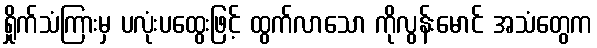
ရှိုက်သံကြားမှ ပလုံးပထွေးဖြင့် ထွက်လာသော ကိုလွန်းမောင် အသံတွေက